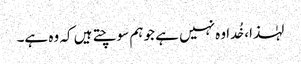
لہٰذا، خُدا وہ نہیں ہے جو ہم سوچتے ہیں کہ وہ ہے۔